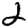
Digit: 2